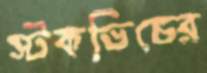
স্টকভিচের